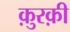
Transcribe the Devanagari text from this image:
क़ुरक़ी